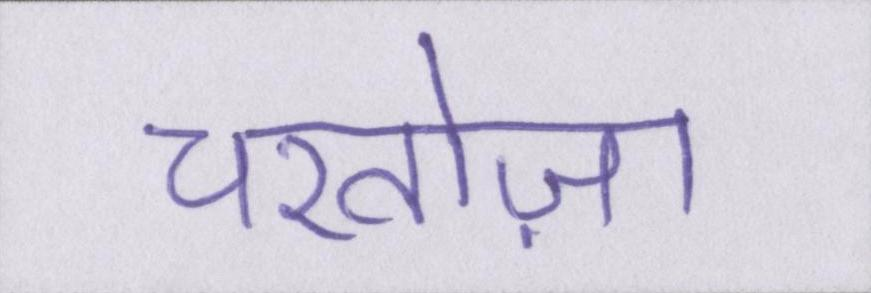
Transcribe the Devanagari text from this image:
चरतोज़ा